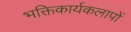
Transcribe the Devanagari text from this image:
भक्तिकार्यकलापों